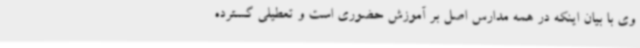
وی با بیان اینکه در همه مدارس اصل بر آموزش حضوری است و تعطیلی گسترده